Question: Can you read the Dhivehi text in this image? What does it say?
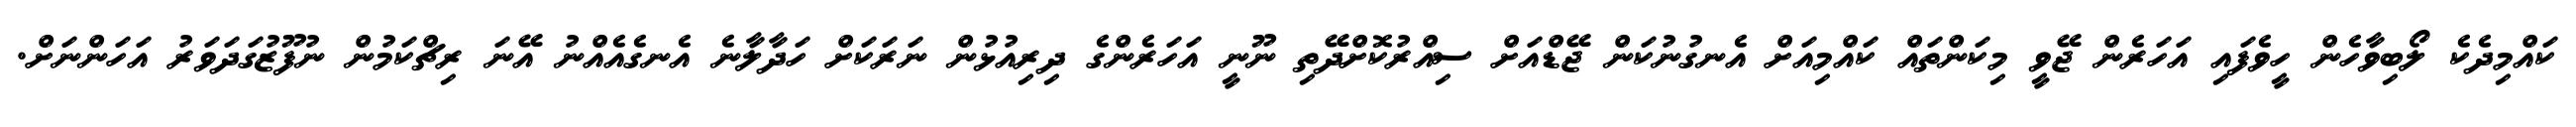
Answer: ކައްމިދެކެ ލޯބިވާހެން ހީވެފައި އަހަރެން ޖޭވީ މިކަންތައް ކައްމިއަށް އެނގުނުކަން ޖޭޑްއަށް ސިއްރުކޮށްދޭތި ނޫނީ އަހަރެންގެ ދިރިއުޅުން ނަރަކަށް ހަދާލާނެ އެނގެއެއްނު އޭނަ ރިޗްކަމުން ނުފޫޒުގަދަވަރު އަހަންނަށް.